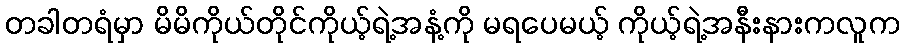
တခါတရံမှာ မိမိကိုယ်တိုင်ကိုယ့်ရဲ့အနံ့ကို မရပေမယ့် ကိုယ့်ရဲ့အနီးနားကလူက